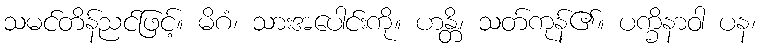
သမင်တိန်ညင်ဖြင့်။ မိဂံ၊ သားအပေါင်းကို။ ဟန္တိ၊ သတ်ကုန်၏။ ပက္ခိနာဝါ ပန၊